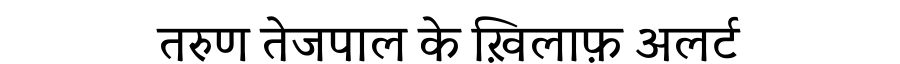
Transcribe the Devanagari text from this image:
तरुण तेजपाल के ख़िलाफ़ अलर्ट